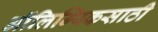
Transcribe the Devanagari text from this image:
ऑलिम्पिकसाठी